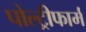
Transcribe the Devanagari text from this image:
पोल्ट्रीफार्म